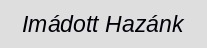
Imádott Hazánk